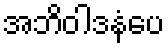
အဘိဝါဒနံပေ